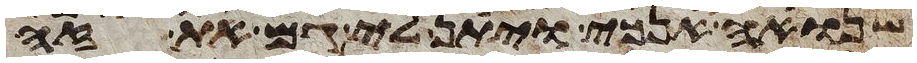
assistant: שנואה אנכי ויתן לי גם את זה